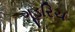
ગૂડરિચ